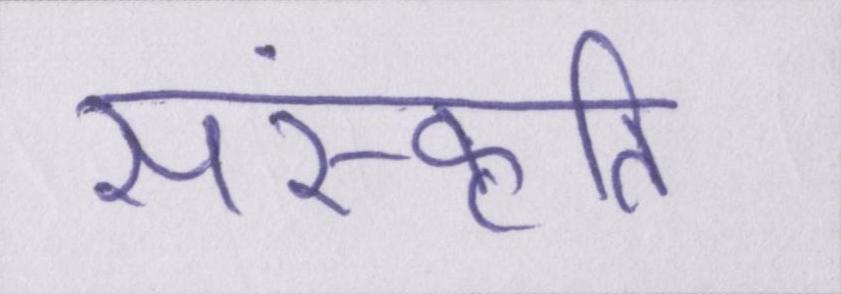
संस्कॄति